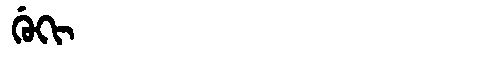
Manchu: ᡤᡠᡴᡳ
Romanization: GUKI